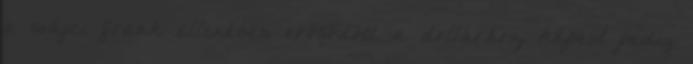
a svájci frank ellenében erősödött, a dollárhoz képest pedig